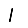
Digit: 1